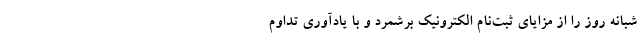
شبانه روز را از مزایای ثبت‌نام الکترونیک برشمرد و با یادآوری تداوم